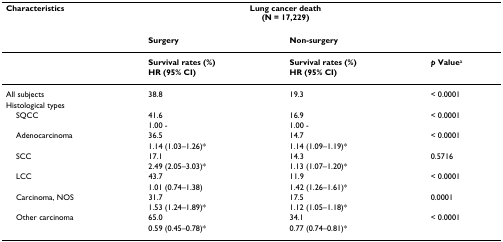
<table><thead><tr><td><b>Characteristics</b></td><td colspan="2"><b>Lung cancer death(N = 17,229)</b></td><td></td></tr></thead><tbody><tr><td></td><td><b>Surgery</b></td><td><b>Non-surgery</b></td><td></td></tr><tr><td></td><td><b>Survival rates (%)</b></td><td><b>Survival rates (%)</b></td><td><b><i>p </i>Value</b><sup>a</sup></td></tr><tr><td></td><td><b>HR (95% CI)</b></td><td><b>HR (95% CI)</b></td><td></td></tr><tr><td>All subjects</td><td>38.8</td><td>19.3</td><td>&lt; 0.0001</td></tr><tr><td>Histological types</td><td></td><td></td><td></td></tr><tr><td> SQCC</td><td>41.6</td><td>16.9</td><td>&lt; 0.0001</td></tr><tr><td></td><td>1.00 -</td><td>1.00 -</td><td></td></tr><tr><td> Adenocarcinoma</td><td>36.5</td><td>14.7</td><td>&lt; 0.0001</td></tr><tr><td></td><td>1.14 (1.03–1.26)*</td><td>1.14 (1.09–1.19)*</td><td></td></tr><tr><td> SCC</td><td>17.1</td><td>14.3</td><td>0.5716</td></tr><tr><td></td><td>2.49 (2.05–3.03)*</td><td>1.13 (1.07–1.20)*</td><td></td></tr><tr><td> LCC</td><td>43.7</td><td>11.9</td><td>&lt; 0.0001</td></tr><tr><td></td><td>1.01 (0.74–1.38)</td><td>1.42 (1.26–1.61)*</td><td></td></tr><tr><td> Carcinoma, NOS</td><td>31.7</td><td>17.5</td><td>0.0001</td></tr><tr><td></td><td>1.53 (1.24–1.89)*</td><td>1.12 (1.05–1.18)*</td><td></td></tr><tr><td> Other carcinoma</td><td>65.0</td><td>34.1</td><td>&lt; 0.0001</td></tr><tr><td></td><td>0.59 (0.45–0.78)*</td><td>0.77 (0.74–0.81)*</td><td></td></tr></tbody></table>